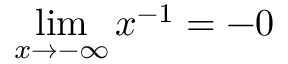
\operatorname* { l i m } _ { x \to - \infty } { x ^ { - 1 } } = - 0